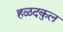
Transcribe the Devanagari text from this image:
हळदकुल